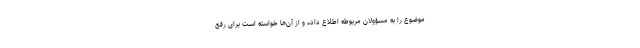
موضوع را به مسؤولان مربوطه اطلاع داده و از آن‌ها خواسته است برای رفع